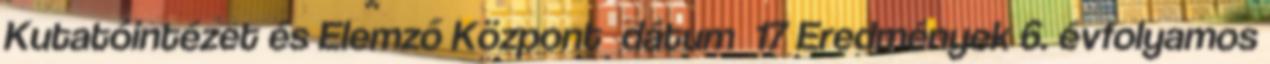
Kutatóintézet és Elemző Központ dátum 17 Eredmények 6. évfolyamos